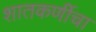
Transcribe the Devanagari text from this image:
शातकर्णीचा